Senior Leaving Certificate Examination (including Day School Certificate (Higher) General paper), 1948
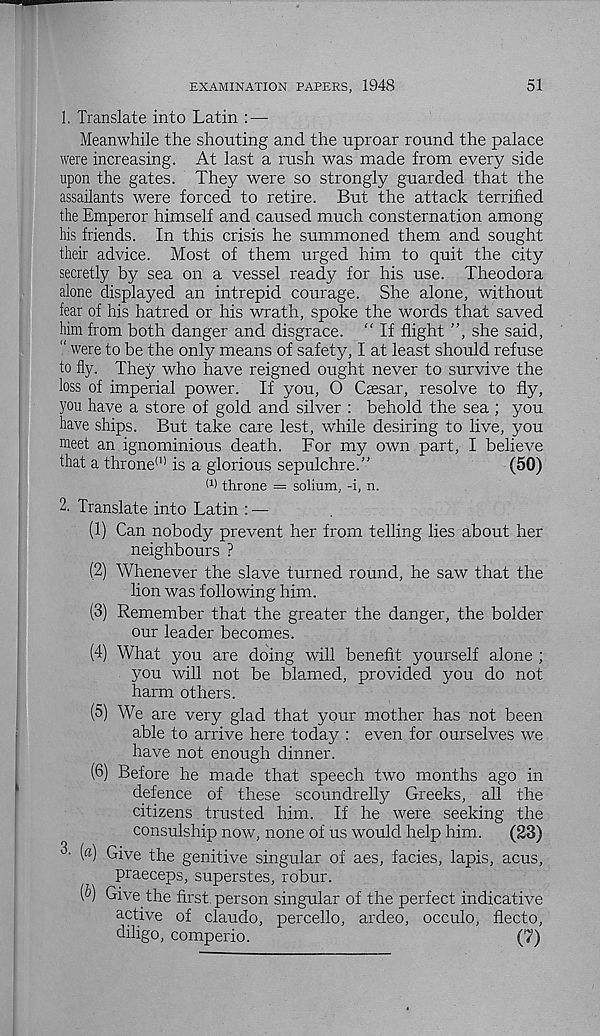
EXAMINATION PAPERS, 1948
51
1. Translate into Latin : —
Meanwhile the shouting and the uproar round the palace
were increasing. At last a rush was made from every side
upon the gates. They were so strongly guarded that the
assailants were forced to retire. But the attack terrified
the Emperor himself and caused much consternation among
his friends. In this crisis he summoned them and sought
their advice. Most of them urged him to quit the city
secretly by sea on a vessel ready for his use. Theodora
alone displayed an intrepid courage. She alone, without
fear of his hatred or his wrath, spoke the words that saved
him from both danger and disgrace. “ If flight ”, she said,
" were to be the only means of safety, I at least should refuse
to fly. They who have reigned ought never to survive the
loss of imperial power. If you, O Caesar, resolve to fly,
j 7 ou have a store of gold and silver : behold the sea ; you
have ships. But take care lest, while desiring to live, you
meet an ignominious death. For my own part, I believe
that a throne (1) is a glorious sepulchre.”
(50)
(1 > throne = solium, -i, n.
2. Translate into Latin : —
(1) Can nobody prevent her from telling lies about her
neighbours ?
(2) Whenever the slave turned round, he saw that the
lion was following him.
(3) Remember that the greater the danger, the bolder
our leader becomes.
(4) What you are doing will benefit yourself alone ;
you will not be blamed, provided you do not
harm others.
(5) We are very glad that your mother has not been
able to arrive here today : even for ourselves we
have not enough dinner.
(6) Before he made that speech two months ago in
defence of these scoundrelly Greeks, all the
citizens trusted him. If he were seeking the
consulship now, none of us would help him.
(28)
Give the genitive singular of aes, facies, lapis, acus,
praeceps, superstes, robur.
(&) Give the first, person singular of the perfect indicative
active of claudo, percello, ardeo, occulo, flecto,
diligo, comperio.
(7)